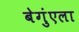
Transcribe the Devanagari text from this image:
बेगुंएला